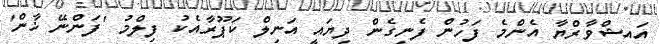
އައިޝްވާރްޔާ އެންމެ ފަހުން ފެނިގެން ދިޔައީ އަނިލް ކަޕޫރާއެކު ފިލްމު 'ފަންނޭ ޚާން'